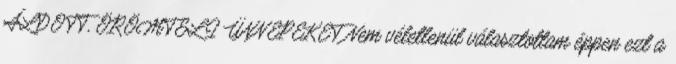
ÁLDOTT, ÖRÖMTELI ÜNNEPEKET Nem véletlenül választottam éppen ezt a